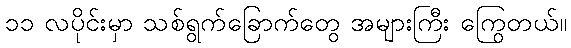
၁၁ လပိုင်းမှာ သစ်ရွက်ခြောက်တွေ အများကြီး ကြွေတယ်။